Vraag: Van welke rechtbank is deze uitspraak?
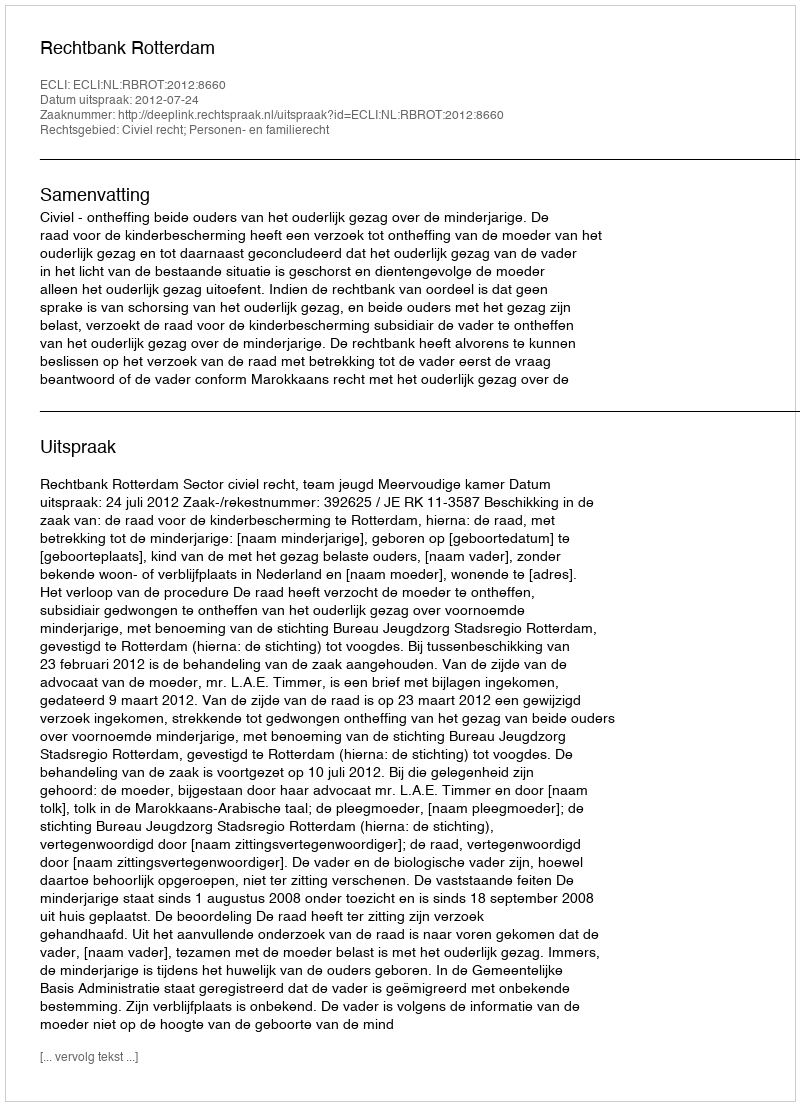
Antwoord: Rechtbank Rotterdam